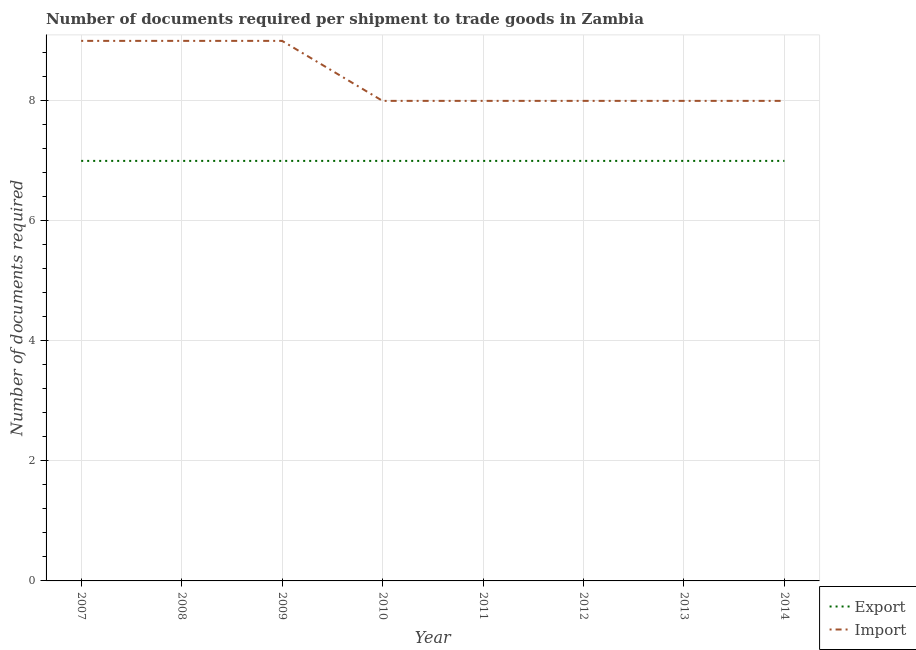
| Year | Export | Import |
 | --- | --- | --- |
 | 2007 | 7 | 9 |
 | 2008 | 7 | 9 |
 | 2009 | 7 | 9 |
 | 2010 | 7 | 8 |
 | 2011 | 7 | 8 |
 | 2012 | 7 | 8 |
 | 2013 | 7 | 8 |
 | 2014 | 7 | 8 |